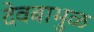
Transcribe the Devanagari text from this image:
देवबाभुळ